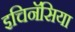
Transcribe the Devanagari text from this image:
इचिनॅसिया